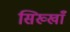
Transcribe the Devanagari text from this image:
सिख्खाँ